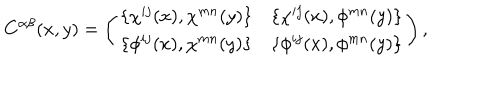
C ^ { \alpha \beta } ( x , y ) = \left( \begin{array} { c c } { { \{ \chi ^ { i j } ( x ) , \chi ^ { m n } ( y ) \} } } & { { \{ \chi ^ { i j } ( x ) , \phi ^ { m n } ( y ) \} } } \\ { { \{ \phi ^ { i j } ( x ) , \chi ^ { m n } ( y ) \} } } & { { \{ \phi ^ { i j } ( x ) , \phi ^ { m n } ( y ) \} } } \\ \end{array} \right) ,